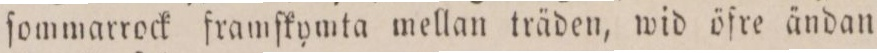
ſommarrock framſkymta mellan träden, wid öfre ändan